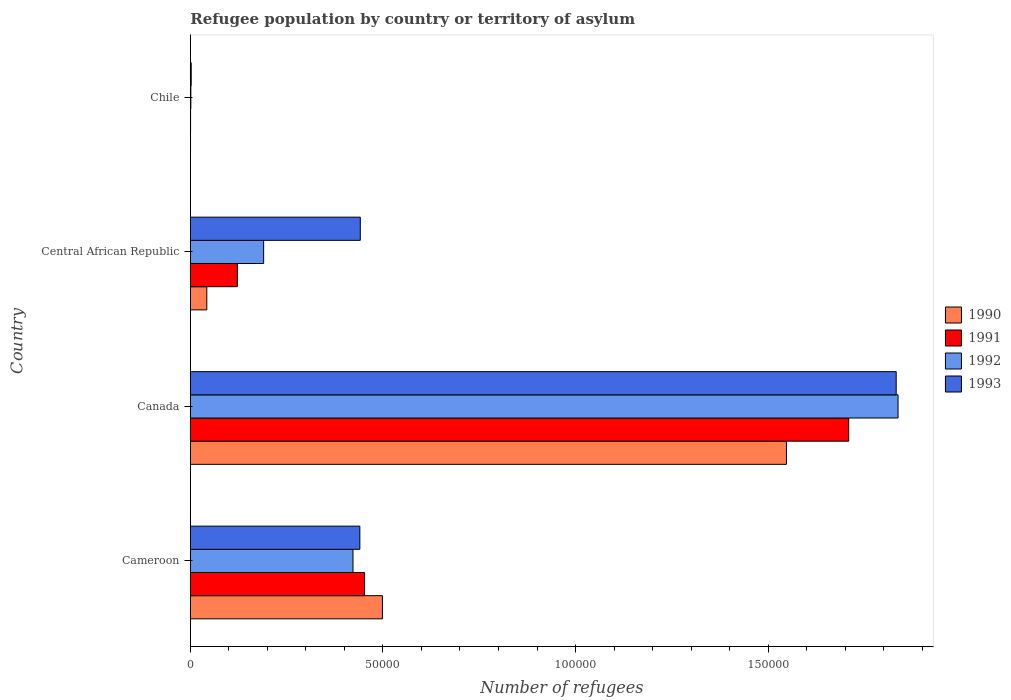
| Country | 1990 | 1991 | 1992 | 1993 |
 | --- | --- | --- | --- | --- |
 | Cameroon | 4.99e+04 | 4.52e+04 | 4.22e+04 | 4.4e+04 |
 | Canada | 1.55e+05 | 1.71e+05 | 1.84e+05 | 1.83e+05 |
 | Central African Republic | 4.28e+03 | 1.22e+04 | 1.9e+04 | 4.41e+04 |
 | Chile | 58 | 72 | 142 | 239 |